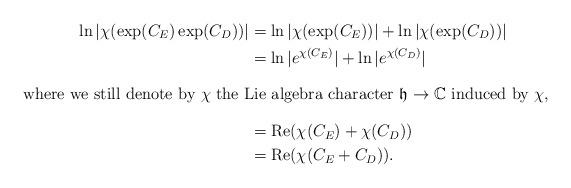
LaTeX: \begin{align*}\ln|\chi(\exp(C_E)\exp(C_D))| &= \ln|\chi(\exp(C_E))|+\ln|\chi(\exp(C_D))| \\& = \ln|e^{\chi(C_E)}|+\ln|e^{\chi(C_D)}| \\\intertext{where we still denote by $\chi$ the Lie algebra character $\mathfrak{h}\rightarrow \mathbb{C}$ induced by $\chi$,}& = \mathrm{Re}(\chi(C_E)+\chi(C_D)) \\& = \mathrm{Re}(\chi(C_E+C_D)). \end{align*}